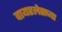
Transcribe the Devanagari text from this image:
वायरलेसच्या